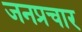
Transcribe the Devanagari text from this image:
जनप्रचार